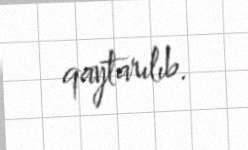
qaytarılıb.